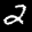
Label: 2